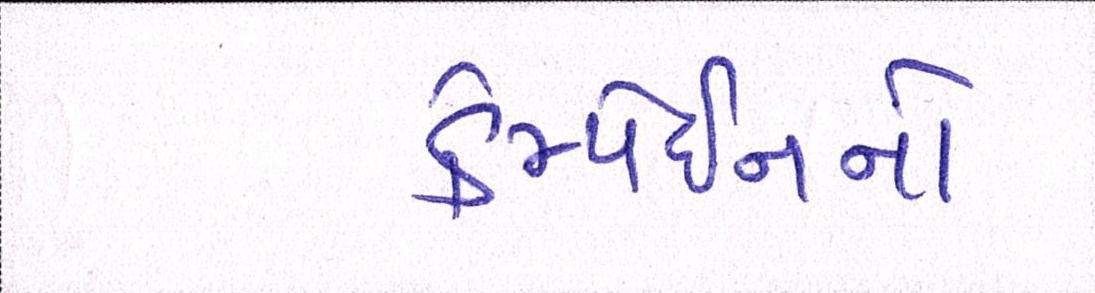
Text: કેમ્પેઈનનો